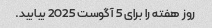
روز هفته را برای 5 آگوست 2025 بیابید.